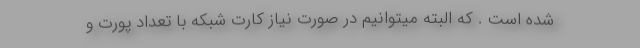
شده است . که البته میتوانیم در صورت نیاز کارت شبکه با تعداد پورت و